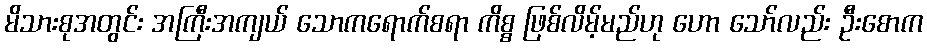
မိသားစုအတွင်း အကြီးအကျယ် သောကရောက်စရာ ကိစ္စ ဖြစ်လိမ့်မည်ဟု ဟော သော်လည်း ဦးစောက